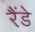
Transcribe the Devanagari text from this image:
रैंडे